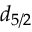
d _ { 5 / 2 }